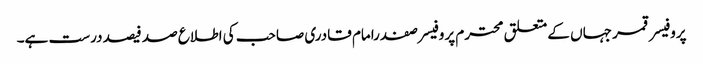
پروفیسر قمر جہاں کے متعلق محترم پروفیسر صفدرامام قادری صاحب کی اطلاع صد فیصد درست ہے۔